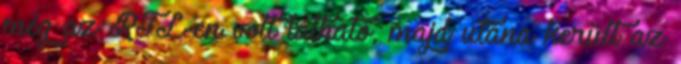
még az RTL-en volt látható, majd utána került az